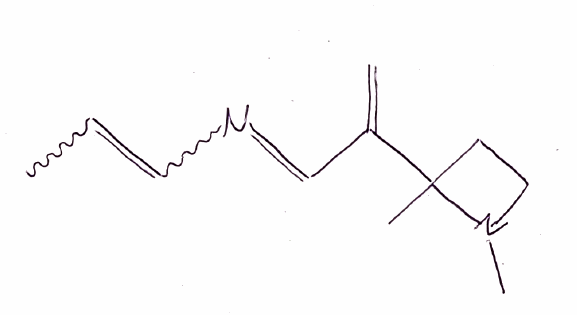
Simplified molecular-input line-entry system (SMILES) notation of the given molecule:
CC=CN=CC(=C)C1(CCN1C)C